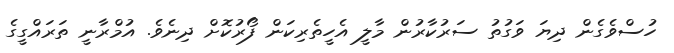
ހުސްވެގެން ދިޔަ ވަގުތު ސަރުކާރުން މާލީ އެހީތެރިކަން ފޯރުކޮށް ދިނެވެ. އުމްރާނީ ތަރައްގީގެ